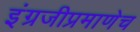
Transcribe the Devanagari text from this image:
इंग्रजीप्रमाणेच